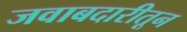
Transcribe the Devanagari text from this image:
जवाबदारीतून